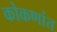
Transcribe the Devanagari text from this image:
कोकणांत